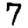
Digit: 7